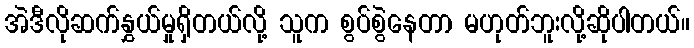
အဲဒီလိုဆက်နွှယ်မှုရှိတယ်လို့ သူက စွပ်စွဲနေတာ မဟုတ်ဘူးလို့ဆိုပါတယ်။